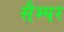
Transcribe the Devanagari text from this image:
सैम्पर